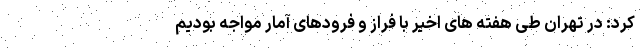
کرد: در تهران طی هفته های اخیر با فراز و فرودهای آمار مواجه بودیم